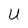
Character: U